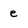
Character: e